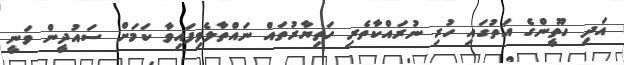
އަދި ހޫތީންގެ އަތުގައި ހުރި ނުރައްކާތެރި ހަތިޔާރުތައް ނައްތާލެވިފައިވާ ކަމަށް ސައުދީން ވަނީ